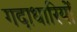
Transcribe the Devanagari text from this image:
गदाधारियों